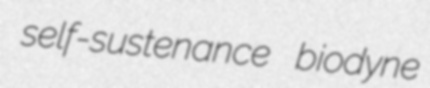
self-sustenance biodyne